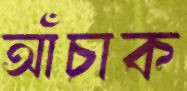
আঁচাক